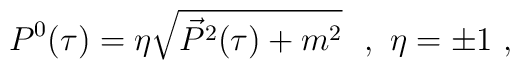
P^0(\tau)=\eta\sqrt{\vec{P}^2(\tau)+m^2}\ \ ,\ \eta=\pm 1\ ,